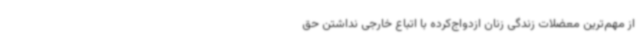
از مهم‌ترین معضلات زندگی زنان ازدواج‌کرده با اتباع خارجی نداشتن حق